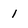
Character: 1